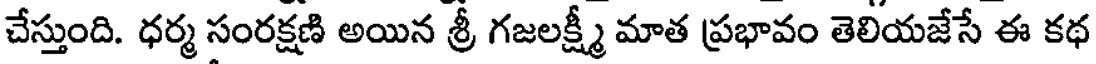
చేస్తుంది. ధర్మ సంరక్షణి అయిన శ్రీ గజలక్ష్మీ మాత ప్రభావం తెలియజేసే ఈ కథ